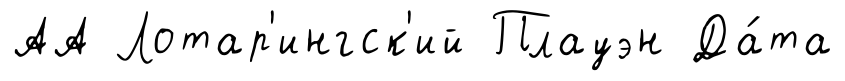
АА Лотар'ингск'ий Плауэн Да́та